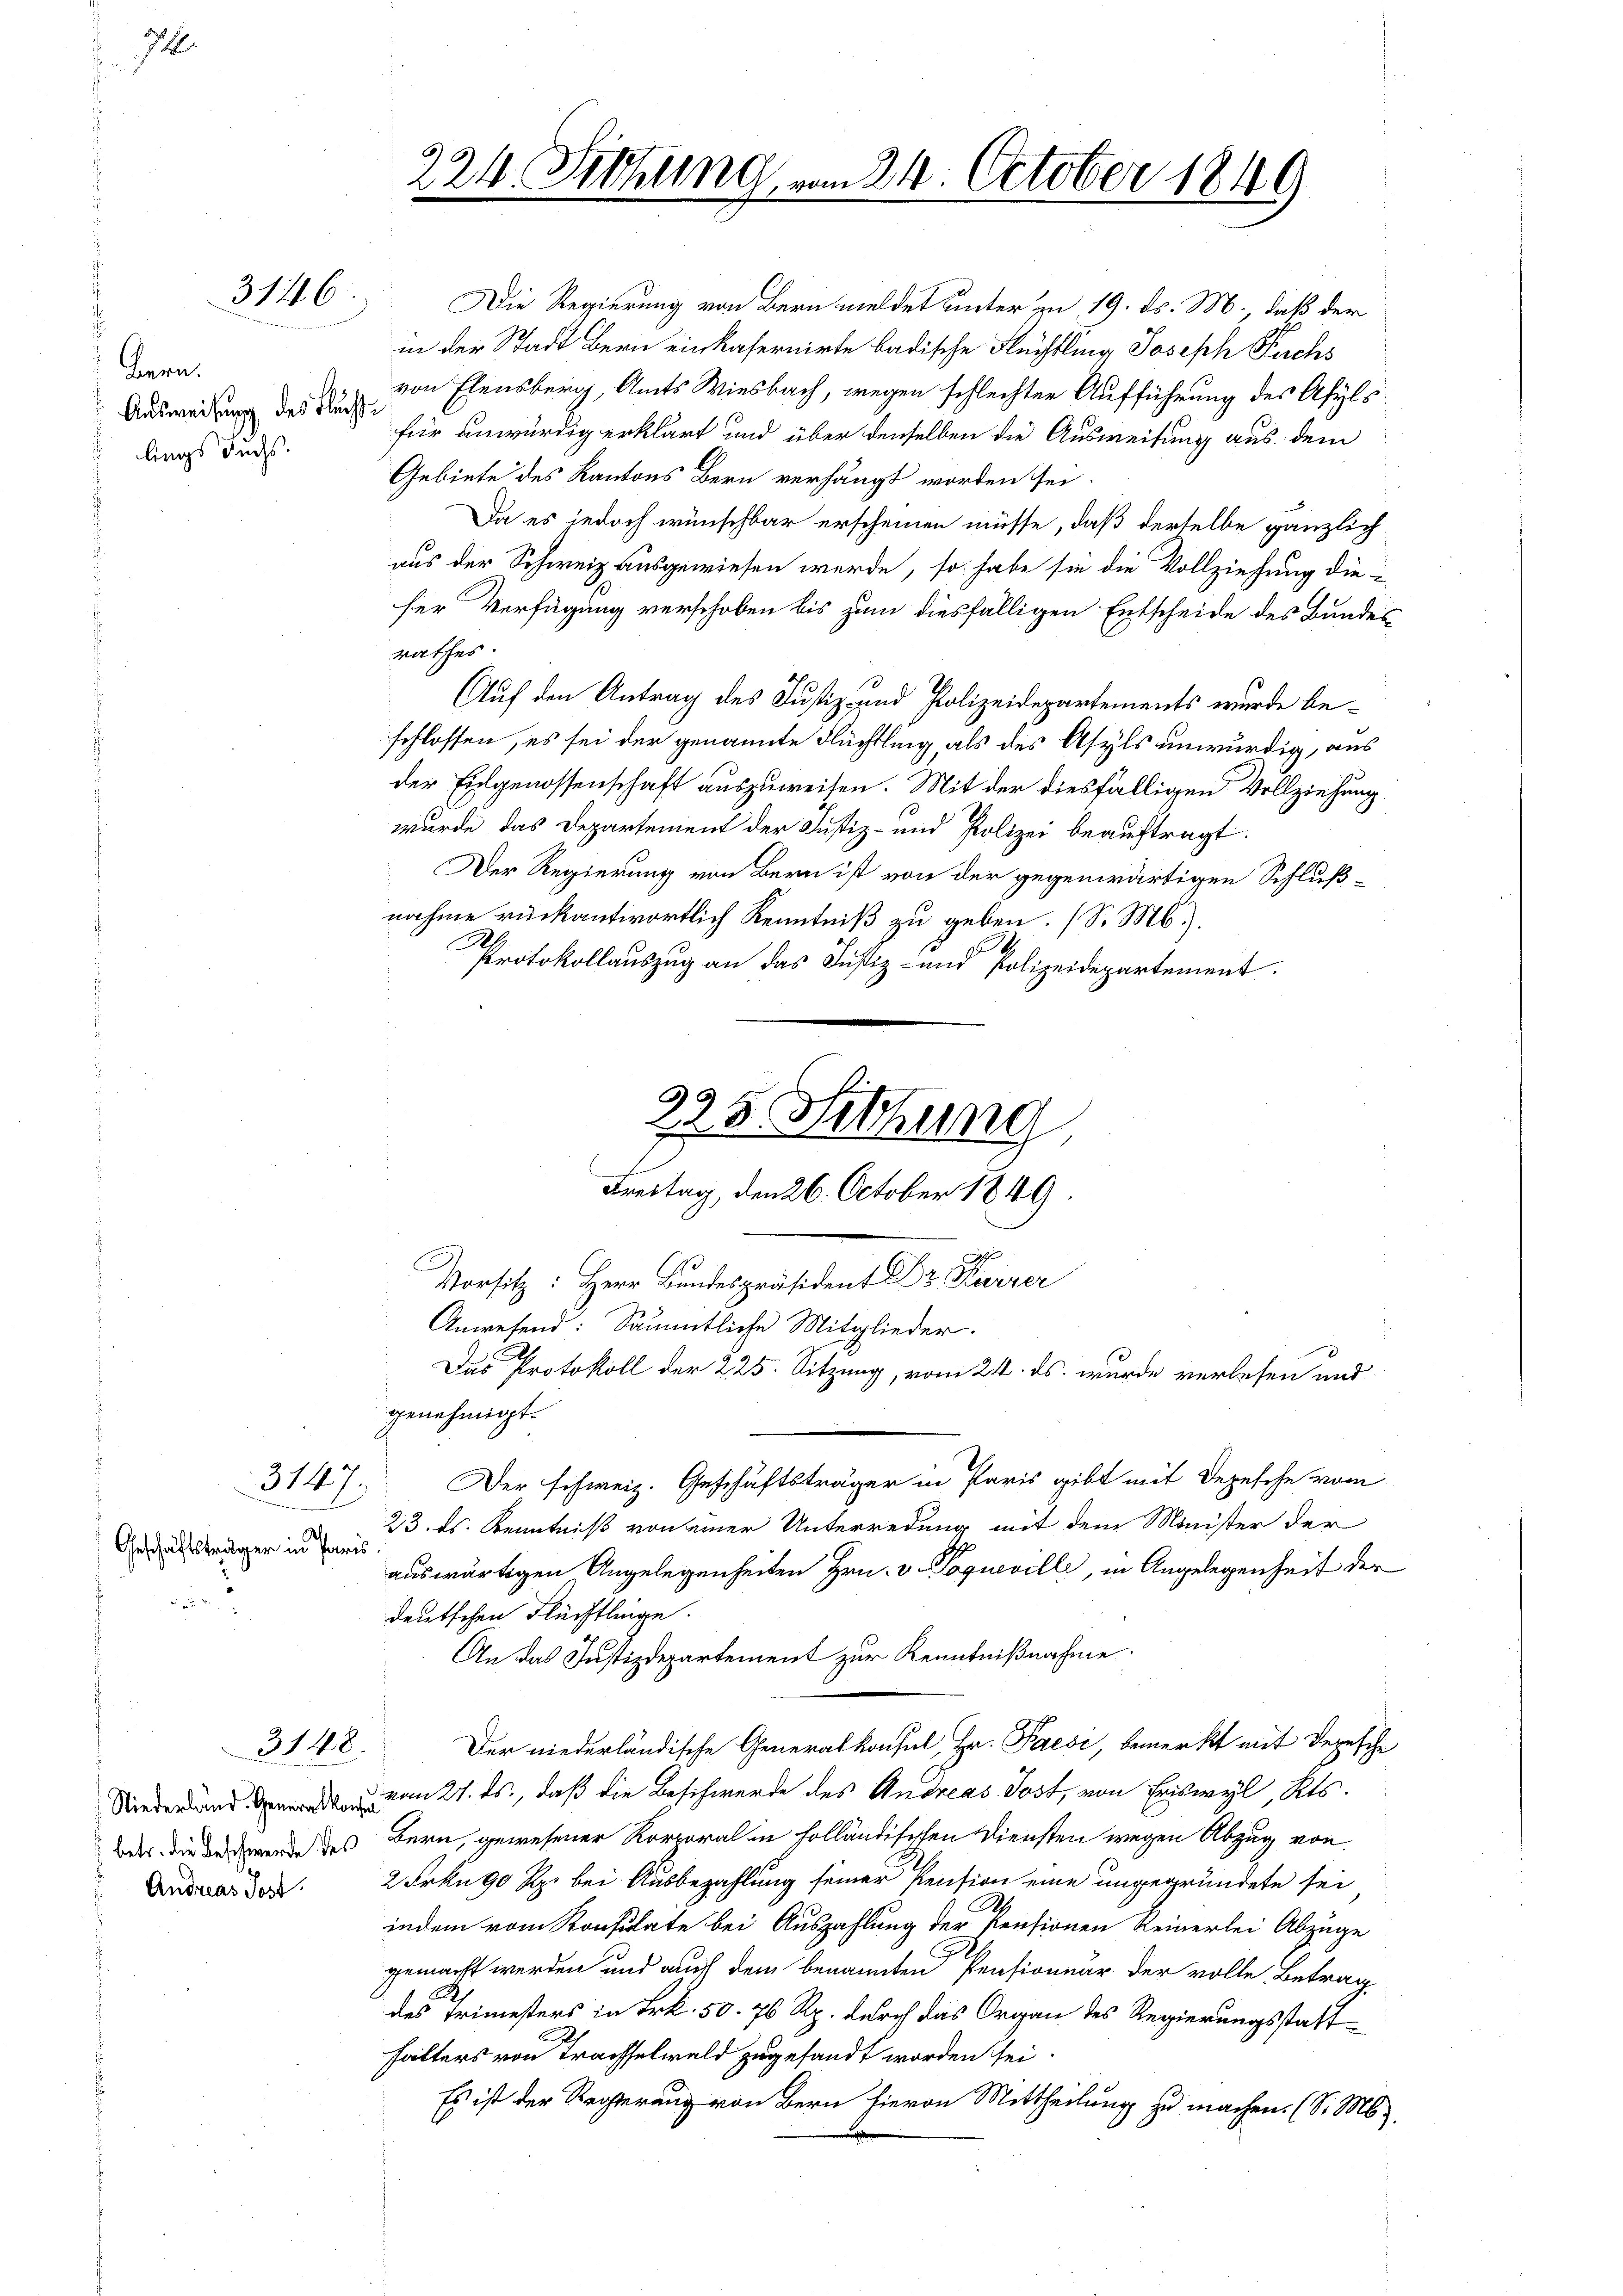
7

3146.

Bern.
Ausweisung des Fluchte
lings Fuchs.

Geschäftsträger in Paris

Die Regierung von Bern meldet unter am 19. ds. M., daß der
in der Stadt Bern einkasernirte badische Flüchtling Joseph Fuchs
von Elensberg, Amts Wiesbach, wegen schlechter Aufführung des Asyls
für unwürdig erklärt und über denselben die Ausweisung aus dem
Gebiete des Kantons Bern verhängt worden sei.
Da es jedoch wünschbar erscheinen müsse, daß derselbe gänzlich
aus der Schweiz ausgewiesen werde, so habe sie die Vollziehung die-
ser Verfügung verschoben bis zum diesfälligen Entscheide des Bundes
rathes.
Auf den Antrag des Justiz- und Polizeidepartements wurde beschlossen, es sei der genannte Flüchtling, als des Asyls unwürdig, aus
der Eidgenossenschaft auszuweisen. Mit der diesfälligen Vollziehung
wurde das Departement der Justiz- und Polizei beauftragt.
Der Regierung von Bern ist von der gegenwärtigen Schlußnahme rückantwortlich Kenntniß zu geben. (S. M.).
Protokollauszug an das Justiz- und Polizeidepartement.
genehmigt.
Der schweiz. Geschäftsträger in Paris gibt mit Depesche vom
23. ds. Kenntniß von einer Unterredung mit dem Minister der
auswärtigen Angelegenheiten Hrn. v. Poqueville, in Angelegenheit der
deutschen Flüchtlinge.
An das Justizdepartement zur Kenntnißnahme.
Der niederländische Generalkonsul, Hr. Paesi, bemerkt mit Depesche
 vom 27. ds., daß die Beschwerde des Andreas Jost, von Eriswyl, Kts.
Bas die der des Bern, gewesener Korporal in holländischen Diensten wegen Abzug von
2 Frkn. 90 Rp. bei Ausbezahlung seiner Pension eine ungegründete sei
indem vom Konsulate bei Auszahlung der Pensionen Reinerlei Abzüge
gemacht werden und auch dem benannten Pensionuar der volle Betrag
des Trimesters in Frk. 50. 76 Rp. durch das Organ des Regierungsstatthalters von Trachselwald zugesandt worden sei.
Es ist der Regierung von Bern hievon Mittheilung zu machen. (S. Ms.

3147.

3148.

Andreas Jost

224. Sichung, vom 24. October 1849

225. Sitzung
Freitag, den 26. October 1849
ich
Vorsitz: Herr Bundespräsident Dr. Kurzer
Anwesend: Sämmtliche Mitglieder.
Das Protokoll der 225. Sitzung, vom 24. ds. wurde verlesen und